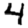
Digit: 4